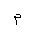
Letter: _mim